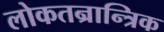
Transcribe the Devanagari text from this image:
लोकतन्रान्त्रिक